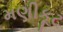
મણીકૂટ